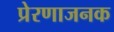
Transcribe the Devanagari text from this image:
प्रेरणाजनक